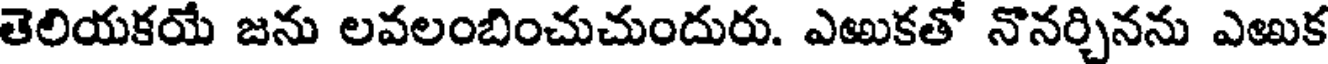
తెలియకయే జను లవలంబించుచుందురు. ఎఱుకతో నొనర్చినను ఎఱుక